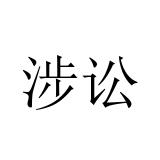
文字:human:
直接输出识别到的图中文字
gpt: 涉讼